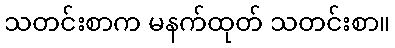
သတင်းစာက မနက်ထုတ် သတင်းစာ။